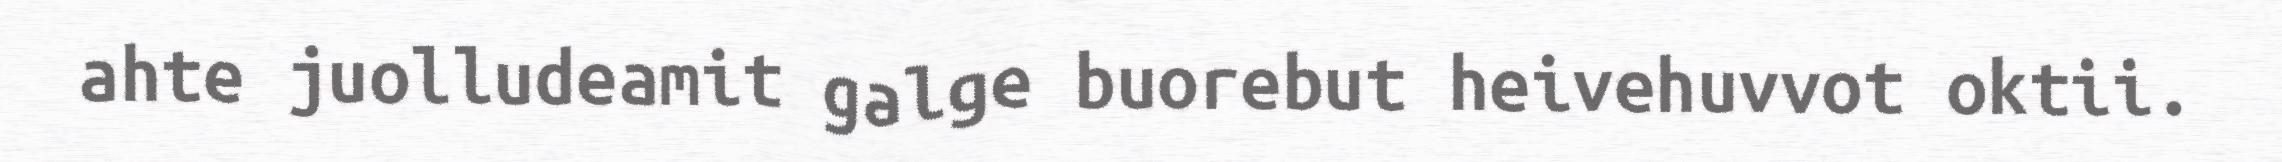
ahte juolludeamit galge buorebut heivehuvvot oktii.